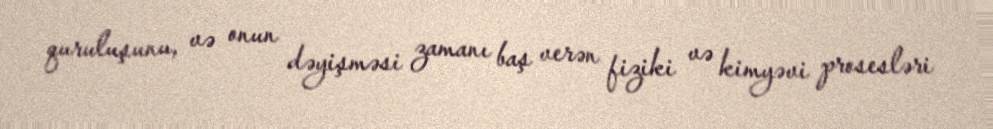
quruluşunu, və onun dəyişməsi zamanı baş verən fiziki və kimyəvi prosesləri